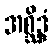
အစ္ဆိဒ္ဒံ